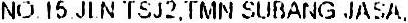
NO. 15.JLN TSJ2.TMN SUBANG JASA.